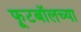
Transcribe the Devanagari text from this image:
फूटबॉलच्या